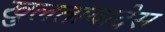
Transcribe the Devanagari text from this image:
खुलताबादेस